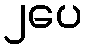
၂ပေ